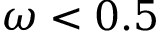
\omega < 0 . 5